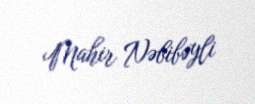
Mahir Nəbibəyli